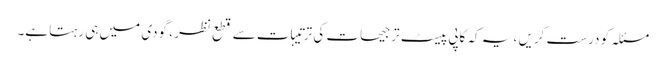
مسئلہ کو درست کریں ، یہ کہ کاپی پیسٹ ترجیحات کی ترتیبات سے قطع نظر ، گودی میں ہی رہتا ہے۔